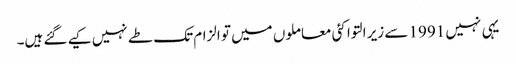
یہی نہیں 1991 سے زیر التوا کئی معاملوں میں تو الزام تک طے نہیں کیے گئے ہیں۔